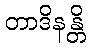
တာဒိနန္တိ